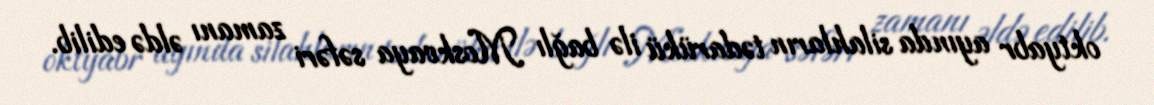
oktyabr ayında silahların tədarükü ilə bağlı Moskvaya səfəri zamanı əldə edilib.